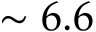
\sim 6 . 6